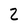
Character: 2